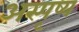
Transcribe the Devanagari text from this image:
अस्पृष्य